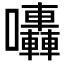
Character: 𡆀